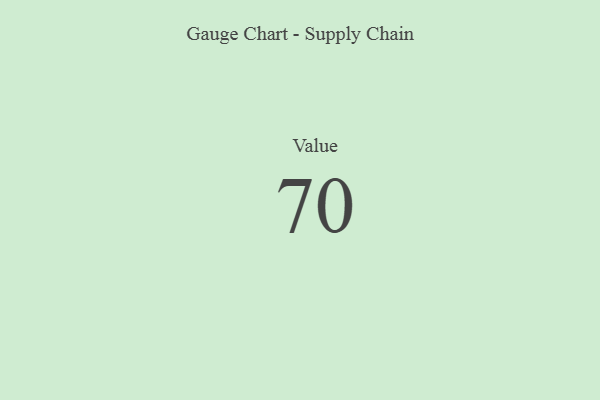
{"axis": {"x": "Metric", "y": "Value"}, "legend": [""], "data": [{"x": "Value", "y": 70, "type": ""}]}